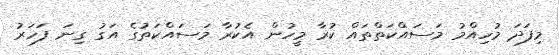
މިފަދަ މުހިއްމު މަސައްކަތްތައް ކުރާ މީހުން އެކުރާ މަސައްކަތުގެ އަގު ގިނަ ފަހަރު